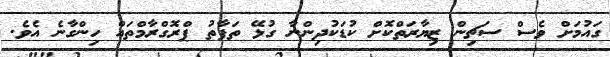
ގައުމަށް ވެސް ސަޗިން ޒިޔާރަތްކޮށް ކުޑަކުދިންނާ ގުޅޭ ތަފާތު ޕްރޮގްރާމްތައް ހިންގާނެ އެވެ.